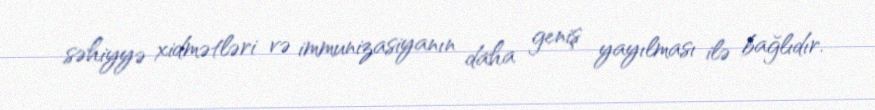
səhiyyə xidmətləri və immunizasiyanın daha geniş yayılması ilə bağlıdır.